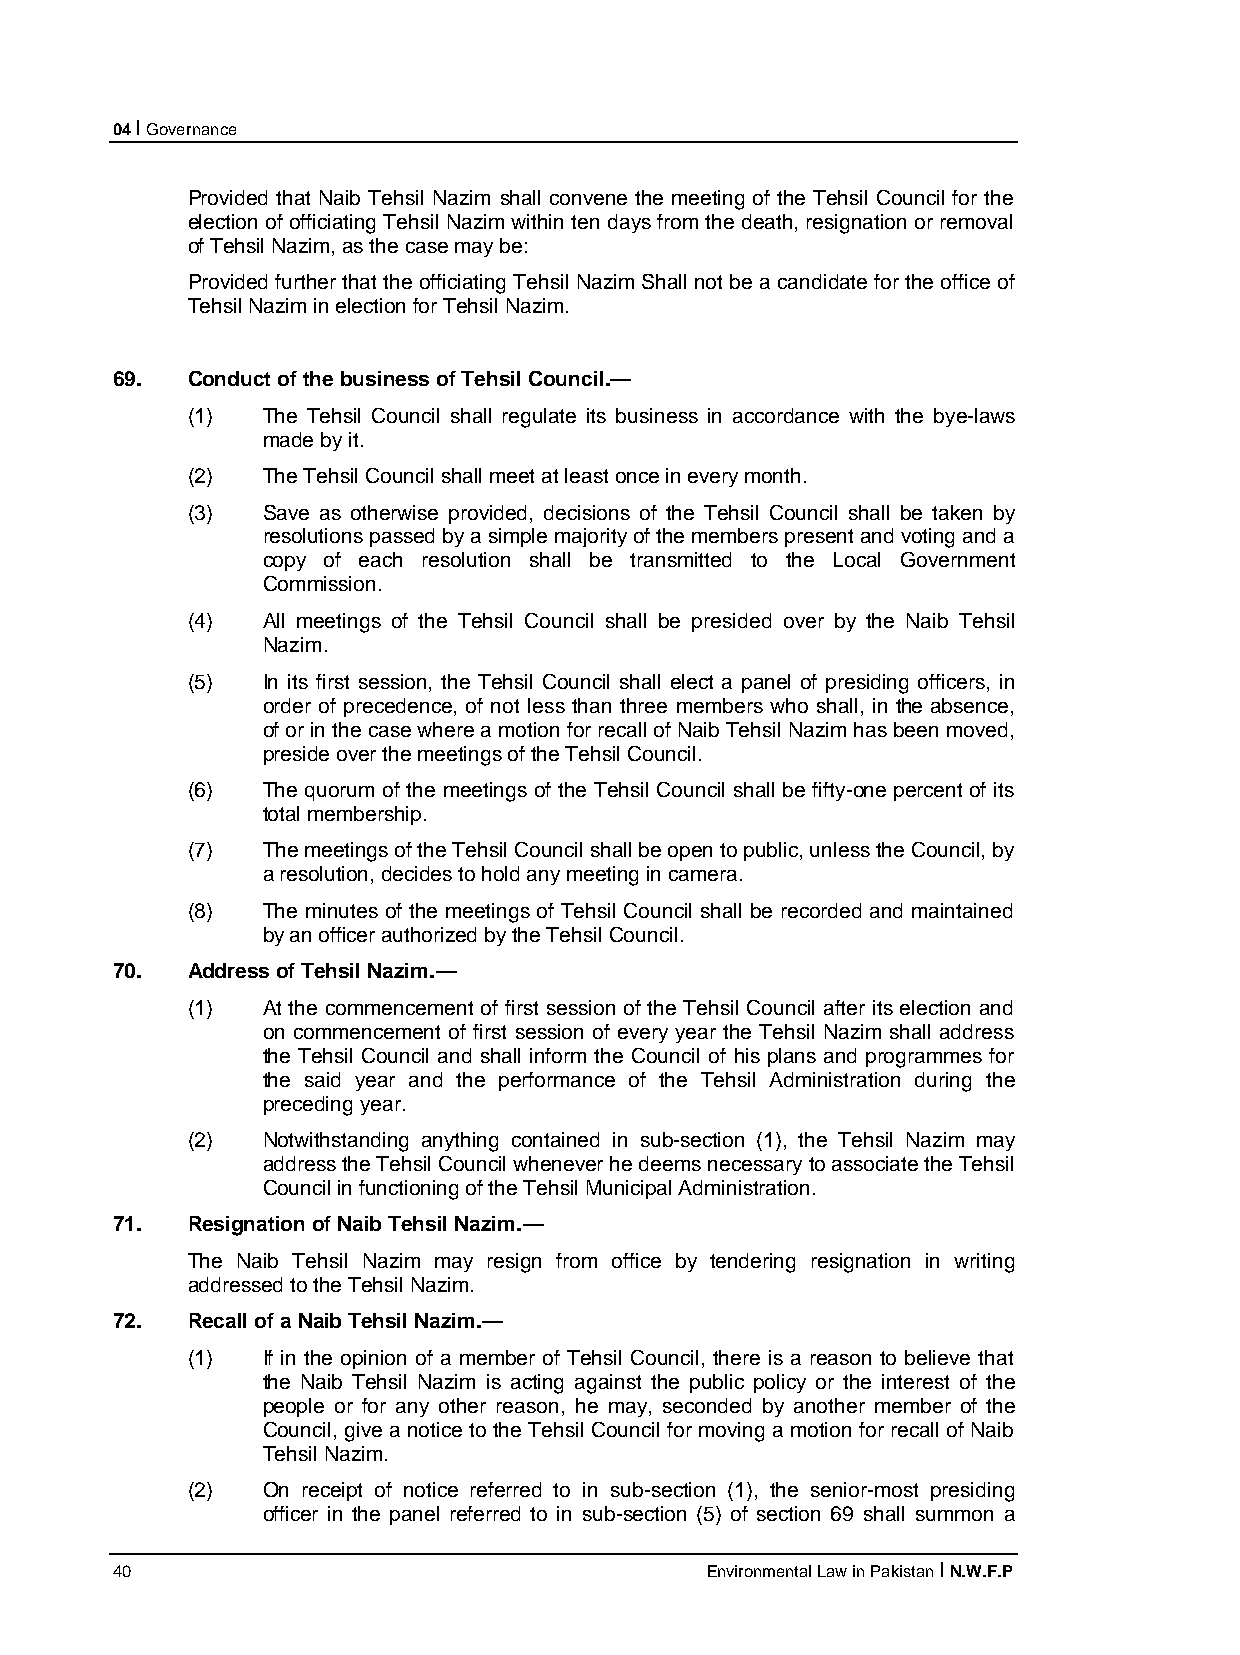
04 I Governance
 Provided that Naib Tehsil Nazim shall convene the meeting of the Tehsil Council for the
 election of officiating Tehsil Nazim within ten days from the death, resignation or removal
 of Tehsil Nazim, as the case may be:
 Provided further that the officiating Tehsil Nazim Shall not be a candidate for the office of
 Tehsil Nazim in election for Tehsil Nazim.
 69.  Conduct of the business of Tehsil Council.—
 (1)  The Tehsil Council shall regulate its business in accordance with the bye-laws
 made by it.
 (2)  The Tehsil Council shall meet at least once in every month.
 (3)  Save as otherwise provided, decisions of the Tehsil Council shall be taken by
 resolutions passed by a simple majority of the members present and voting and a
 copy of each resolution shall be transmitted to the Local Government
 Commission.
 (4)  All meetings of the Tehsil Council shall be presided over by the Naib Tehsil
 Nazim.
 (5)  In its first session, the Tehsil Council shall elect a panel of presiding officers, in
 order of precedence, of not less than three members who shall, in the absence,
 of or in the case where a motion for recall of Naib Tehsil Nazim has been moved,
 preside over the meetings of the Tehsil Council.
 (6)  The quorum of the meetings of the Tehsil Council shall be fifty-one percent of its
 total membership.
 (7)  The meetings of the Tehsil Council shall be open to public, unless the Council, by
 a resolution, decides to hold any meeting in camera.
 (8)  The minutes of the meetings of Tehsil Council shall be recorded and maintained
 by an officer authorized by the Tehsil Council.
 70.  Address of Tehsil Nazim.—
 (1)  At the commencement of first session of the Tehsil Council after its election and
 on commencement of first session of every year the Tehsil Nazim shall address
 the Tehsil Council and shall inform the Council of his plans and programmes for
 the said year and the performance of the Tehsil Administration during the
 preceding year.
 (2)  Notwithstanding anything contained in sub-section (1), the Tehsil Nazim may
 address the Tehsil Council whenever he deems necessary to associate the Tehsil
 Council in functioning of the Tehsil Municipal Administration.
 71.  Resignation of Naib Tehsil Nazim.—
 The Naib Tehsil Nazim may resign from office by tendering resignation in writing
 addressed to the Tehsil Nazim.
 72.  Recall of a Naib Tehsil Nazim.—
 (1)  If in the opinion of a member of Tehsil Council, there is a reason to believe that
 the Naib Tehsil Nazim is acting against the public policy or the interest of the
 people or for any other reason, he may, seconded by another member of the
 Council, give a notice to the Tehsil Council for moving a motion for recall of Naib
 Tehsil Nazim.
 (2)  On receipt of notice referred to in sub-section (1), the senior-most presiding
 officer in the panel referred to in sub-section (5) of section 69 shall summon a
 40                                      Environmental Law in Pakistan I N.W.F.P